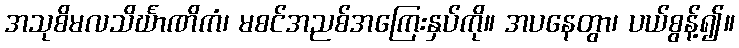
အသုစိမလသိင်္ဃာဏိကံ၊ မစင်အညစ်အကြေးနှပ်ကို။ အပနေတွာ၊ ပယ်စွန့်၍။